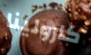
كارولينا